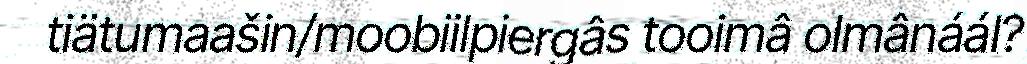
tiätumaašin/moobiilpiergâs tooimâ olmânáál?